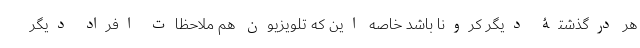
هر درگذشتۀ دیگر کرونا باشد خاصه این که تلویزیون هم ملاحظات افراد دیگر